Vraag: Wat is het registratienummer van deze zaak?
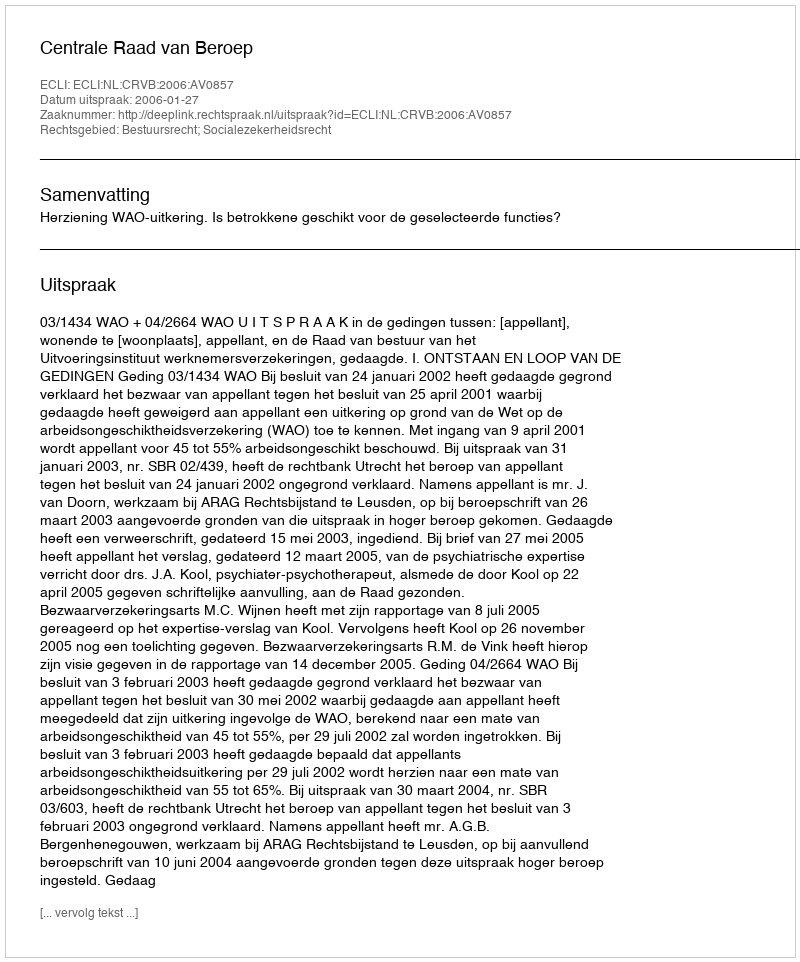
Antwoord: http://deeplink.rechtspraak.nl/uitspraak?id=ECLI:NL:CRVB:2006:AV0857